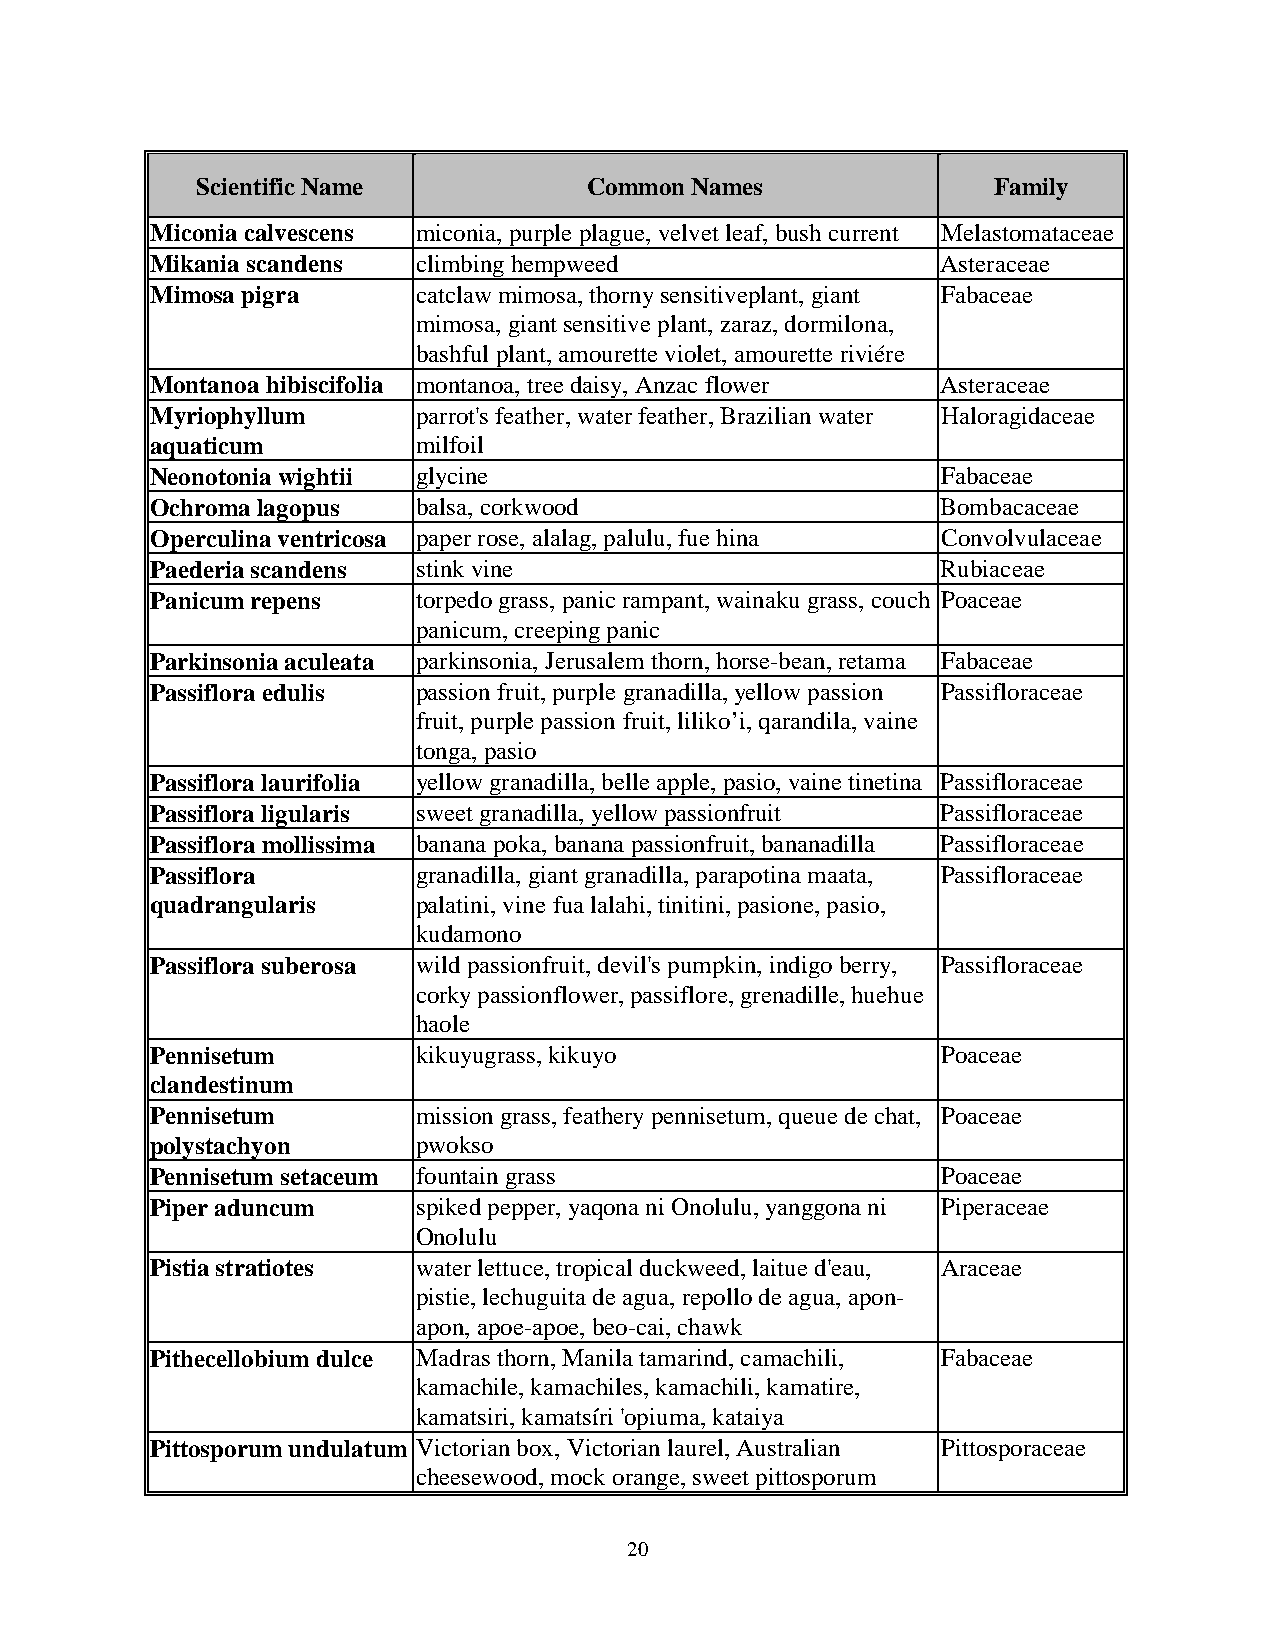
Scientific Name           Common Names               Family
 Miconia calvescens miconia, purple plague, velvet leaf, bush current Melastomataceae
 Mikania scandens  climbing hempweed                 Asteraceae
 Mimosa pigra      catclaw mimosa, thorny sensitiveplant, giant Fabaceae
 mimosa, giant sensitive plant, zaraz, dormilona,
 bashful plant, amourette violet, amourette riviére
 Montanoa hibiscifolia montanoa, tree daisy, Anzac flower Asteraceae
 Myriophyllum      parrot's feather, water feather, Brazilian water Haloragidaceae
 aquaticum         milfoil
 Neonotonia wightii glycine                          Fabaceae
 Ochroma lagopus   balsa, corkwood                   Bombacaceae
 Operculina ventricosa paper rose, alalag, palulu, fue hina Convolvulaceae
 Paederia scandens stink vine                        Rubiaceae
 Panicum repens    torpedo grass, panic rampant, wainaku grass, couch Poaceae
 panicum, creeping panic
 Parkinsonia aculeata parkinsonia, Jerusalem thorn, horse-bean, retama Fabaceae
 Passiflora edulis passion fruit, purple granadilla, yellow passion Passifloraceae
 fruit, purple passion fruit, liliko’i, qarandila, vaine
 tonga, pasio
 Passiflora laurifolia yellow granadilla, belle apple, pasio, vaine tinetina Passifloraceae
 Passiflora ligularis sweet granadilla, yellow passionfruit Passifloraceae
 Passiflora mollissima banana poka, banana passionfruit, bananadilla Passifloraceae
 Passiflora        granadilla, giant granadilla, parapotina maata, Passifloraceae
 quadrangularis    palatini, vine fua lalahi, tinitini, pasione, pasio,
 kudamono
 Passiflora suberosa wild passionfruit, devil's pumpkin, indigo berry, Passifloraceae
 corky passionflower, passiflore, grenadille, huehue
 haole
 Pennisetum        kikuyugrass, kikuyo               Poaceae
 clandestinum
 Pennisetum        mission grass, feathery pennisetum, queue de chat, Poaceae
 polystachyon      pwokso
 Pennisetum setaceum fountain grass                  Poaceae
 Piper aduncum     spiked pepper, yaqona ni Onolulu, yanggona ni Piperaceae
 Onolulu
 Pistia stratiotes water lettuce, tropical duckweed, laitue d'eau, Araceae
 pistie, lechuguita de agua, repollo de agua, apon-
 apon, apoe-apoe, beo-cai, chawk
 Pithecellobium dulce Madras thorn, Manila tamarind, camachili, Fabaceae
 kamachile, kamachiles, kamachili, kamatire,
 kamatsiri, kamatsíri 'opiuma, kataiya
 Pittosporum undulatum Victorian box, Victorian laurel, Australian Pittosporaceae
 cheesewood, mock orange, sweet pittosporum
 20